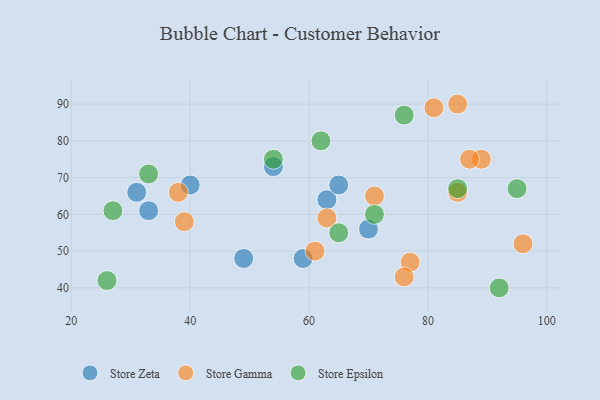
{"axis": {"x": "GDP", "y": "Life Expectancy"}, "legend": ["Store Epsilon", "Store Gamma", "Store Zeta"], "data": [{"x": "49", "y": 48, "type": "Store Zeta"}, {"x": "54", "y": 73, "type": "Store Zeta"}, {"x": "59", "y": 48, "type": "Store Zeta"}, {"x": "40", "y": 68, "type": "Store Zeta"}, {"x": "70", "y": 56, "type": "Store Zeta"}, {"x": "31", "y": 66, "type": "Store Zeta"}, {"x": "33", "y": 61, "type": "Store Zeta"}, {"x": "63", "y": 64, "type": "Store Zeta"}, {"x": "65", "y": 68, "type": "Store Zeta"}, {"x": "39", "y": 58, "type": "Store Gamma"}, {"x": "77", "y": 47, "type": "Store Gamma"}, {"x": "81", "y": 89, "type": "Store Gamma"}, {"x": "85", "y": 66, "type": "Store Gamma"}, {"x": "96", "y": 52, "type": "Store Gamma"}, {"x": "85", "y": 90, "type": "Store Gamma"}, {"x": "61", "y": 50, "type": "Store Gamma"}, {"x": "89", "y": 75, "type": "Store Gamma"}, {"x": "71", "y": 65, "type": "Store Gamma"}, {"x": "63", "y": 59, "type": "Store Gamma"}, {"x": "76", "y": 43, "type": "Store Gamma"}, {"x": "38", "y": 66, "type": "Store Gamma"}, {"x": "87", "y": 75, "type": "Store Gamma"}, {"x": "62", "y": 80, "type": "Store Epsilon"}, {"x": "26", "y": 42, "type": "Store Epsilon"}, {"x": "76", "y": 87, "type": "Store Epsilon"}, {"x": "85", "y": 67, "type": "Store Epsilon"}, {"x": "95", "y": 67, "type": "Store Epsilon"}, {"x": "54", "y": 75, "type": "Store Epsilon"}, {"x": "27", "y": 61, "type": "Store Epsilon"}, {"x": "33", "y": 71, "type": "Store Epsilon"}, {"x": "65", "y": 55, "type": "Store Epsilon"}, {"x": "71", "y": 60, "type": "Store Epsilon"}, {"x": "92", "y": 40, "type": "Store Epsilon"}]}